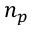
n _ { p }